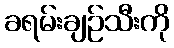
ခရမ်းချဉ်သီးကို